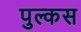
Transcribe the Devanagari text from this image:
पुल्कस